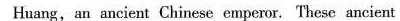
Huang, an ancient Chinese empemr. These ancient